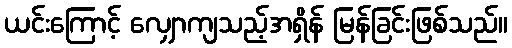
ယင်းကြောင့် လျှောကျသည့်အရှိန် မြန်ခြင်းဖြစ်သည်။